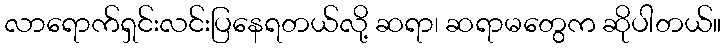
လာရောက်ရှင်းလင်းပြနေရတယ်လို့ ဆရာ၊ ဆရာမတွေက ဆိုပါတယ်။